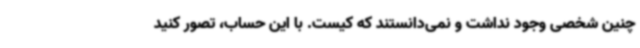
چنین شخصی وجود نداشت و نمی‌دانستند که کیست. با این حساب، تصور کنید